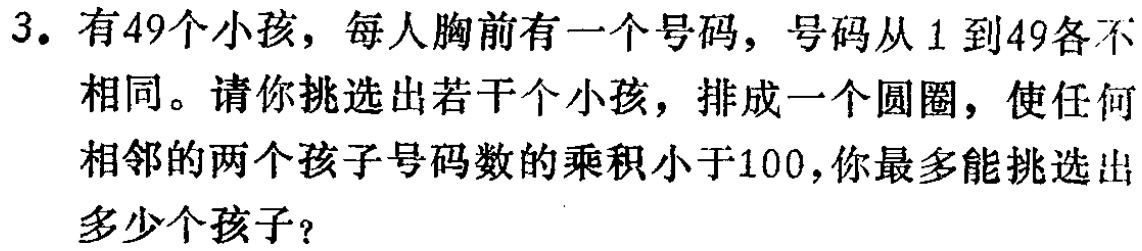
3. 有49个小孩，每人胸前有一个号码，号码从1到49各不相同。请你挑选出若干个小孩，排成一个圆圈，使任何相邻的两个孩子号码数的乘积小于100，你最多能挑选出多少个孩子？